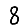
Digit: 8